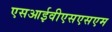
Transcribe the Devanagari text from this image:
एसआईवीएसएसएम